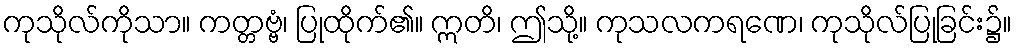
ကုသိုလ်ကိုသာ။ ကတ္တဗ္ဗံ၊ ပြုထိုက်၏။ ဣတိ၊ ဤသို့။ ကုသလကရဏေ၊ ကုသိုလ်ပြုခြင်း၌။